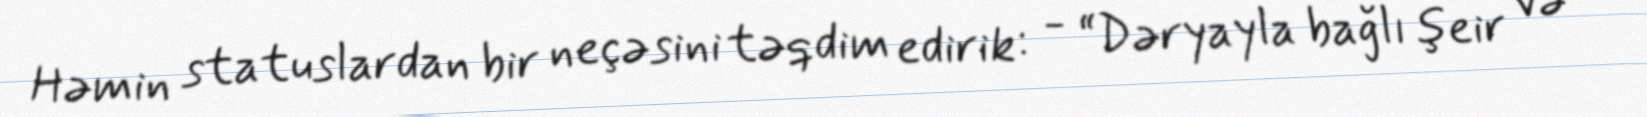
Həmin statuslardan bir neçəsini təqdim edirik: - “Dəryayla bağlı şeir və